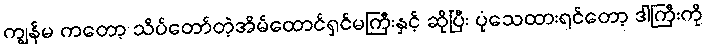
ကျွန်မ ကတော့ သိပ်တော်တဲ့အိမ်ထောင်ရှင်မကြီးနှင့် ဆိုပြီး ပုံသေထားရင်တော့ ဒါကြီးကို